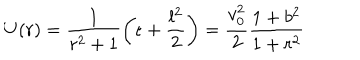
U ( r ) = { \frac { 1 } { r ^ { 2 } + 1 } } \biggl ( \epsilon + { \frac { l ^ { 2 } } { 2 } } \biggr ) = { \frac { v _ { 0 } ^ { 2 } } { 2 } } { \frac { 1 + b ^ { 2 } } { 1 + r ^ { 2 } } }